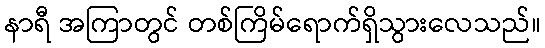
နာရီ အကြာတွင် တစ်ကြိမ်ရောက်ရှိသွားလေသည်။